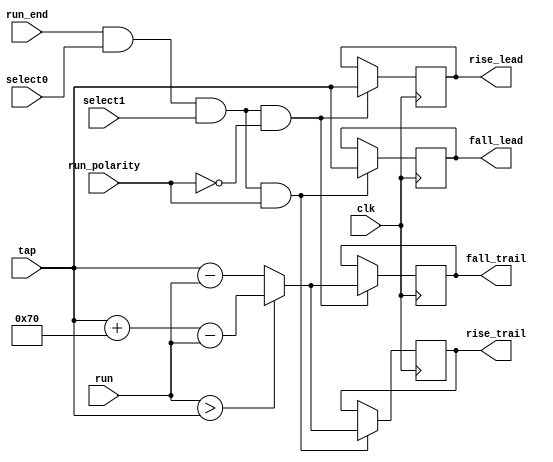
module mig_7series_v2_3_poc_edge_store #
  (parameter TCQ                        = 100,
   parameter TAPCNTRWIDTH               = 7,
   parameter TAPSPERKCLK                = 112)
  (/*AUTOARG*/
  // Outputs
  fall_lead, fall_trail, rise_lead, rise_trail,
  // Inputs
  clk, run_polarity, run_end, select0, select1, tap, run
  );
  
  input clk;

  input run_polarity;
  input run_end;
  input select0;
  input select1;
  input [TAPCNTRWIDTH-1:0] tap;
  input [TAPCNTRWIDTH-1:0] run;

  wire [TAPCNTRWIDTH:0] trailing_edge = run > tap ? tap + TAPSPERKCLK[TAPCNTRWIDTH-1:0] - run
                                                  : tap - run;

  wire run_end_this = run_end && select0 && select1;

  reg [TAPCNTRWIDTH-1:0] fall_lead_r, fall_trail_r, rise_lead_r, rise_trail_r;
  output [TAPCNTRWIDTH-1:0] fall_lead, fall_trail, rise_lead, rise_trail;
  assign fall_lead = fall_lead_r;
  assign fall_trail = fall_trail_r;
  assign rise_lead = rise_lead_r;
  assign rise_trail = rise_trail_r;
  
  wire [TAPCNTRWIDTH-1:0] fall_lead_ns = run_end_this & run_polarity ? tap : fall_lead_r;
  wire [TAPCNTRWIDTH-1:0] rise_trail_ns = run_end_this & run_polarity ? trailing_edge[TAPCNTRWIDTH-1:0]
                                                                      : rise_trail_r;
  wire [TAPCNTRWIDTH-1:0] rise_lead_ns = run_end_this & ~run_polarity ? tap : rise_lead_r;
  wire [TAPCNTRWIDTH-1:0] fall_trail_ns = run_end_this & ~run_polarity ? trailing_edge[TAPCNTRWIDTH-1:0]
                                                                       : fall_trail_r;
     
  always @(posedge clk) fall_lead_r <= #TCQ fall_lead_ns;
  always @(posedge clk) fall_trail_r <= #TCQ fall_trail_ns;
  always @(posedge clk) rise_lead_r <= #TCQ rise_lead_ns;
  always @(posedge clk) rise_trail_r <= #TCQ rise_trail_ns;
  
endmodule